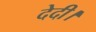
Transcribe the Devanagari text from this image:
देदी।